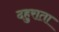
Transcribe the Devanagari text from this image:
दहुराता